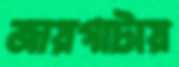
জায়গাটায়